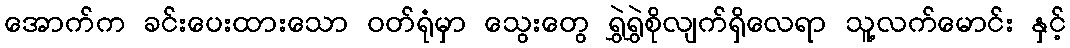
အောက်က ခင်းပေးထားသော ဝတ်ရုံမှာ သွေးတွေ ရွှဲရွှဲစိုလျက်ရှိလေရာ သူ့လက်မောင်း နှင့်